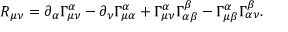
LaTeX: R _ { \mu \nu } = \partial _ { \alpha } \Gamma _ { \mu \nu } ^ { \alpha } - \partial _ { \nu } \Gamma _ { \mu \alpha } ^ { \alpha } + \Gamma _ { \mu \nu } ^ { \alpha } \Gamma _ { \alpha \beta } ^ { \beta } - \Gamma _ { \mu \beta } ^ { \alpha } \Gamma _ { \alpha \nu } ^ { \beta } .